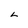
Character: L